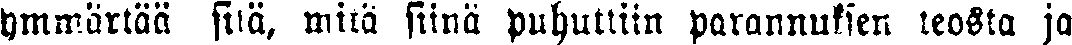
ymmärtää sitä, mitä siinä puhuttiin parannuksen teosta ja